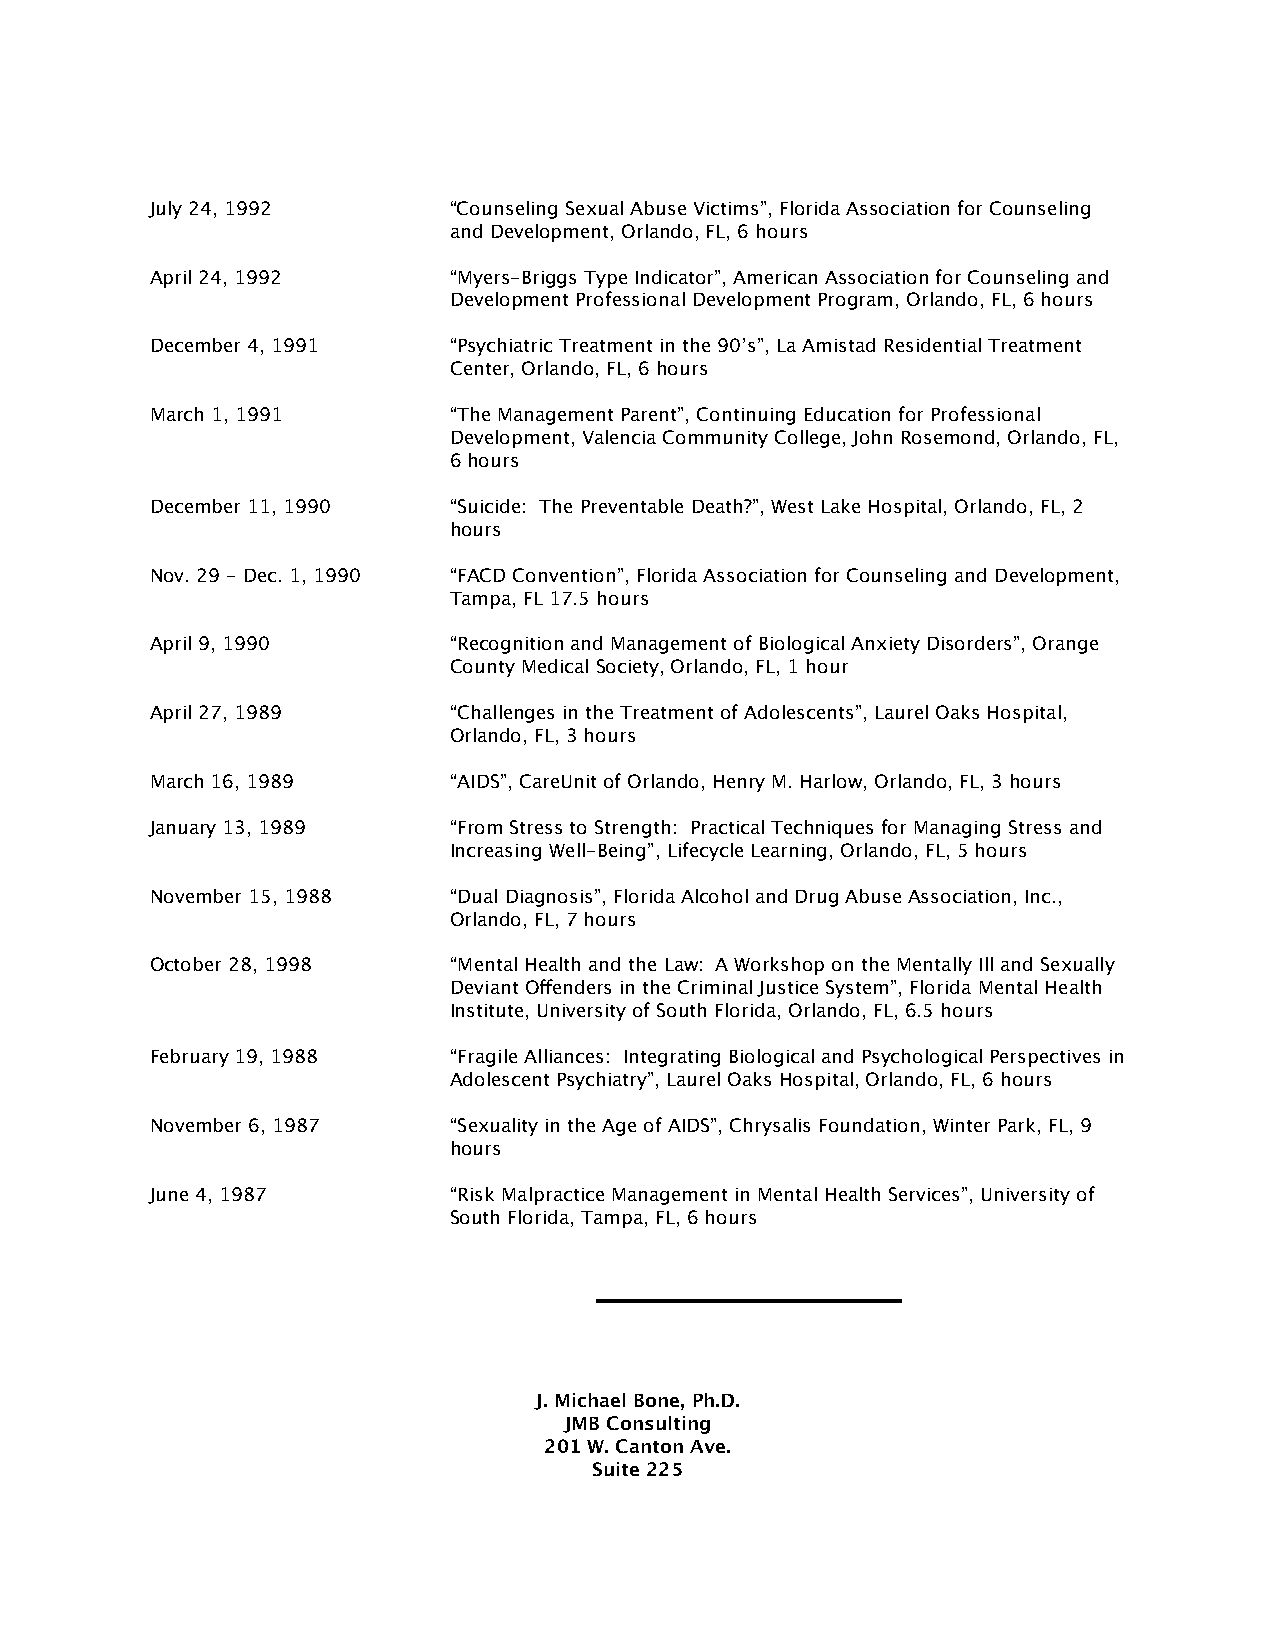
July 24, 1992       “Counseling Sexual Abuse Victims”, Florida Association for Counseling
 and Development, Orlando, FL, 6 hours
 April 24, 1992      “Myers-Briggs Type Indicator”, American Association for Counseling and
 Development Professional Development Program, Orlando, FL, 6 hours
 December 4, 1991    “Psychiatric Treatment in the 90’s”, La Amistad Residential Treatment
 Center, Orlando, FL, 6 hours
 March 1, 1991       “The Management Parent”, Continuing Education for Professional
 Development, Valencia Community College, John Rosemond, Orlando, FL,
 6 hours
 December 11, 1990   “Suicide: The Preventable Death?”, West Lake Hospital, Orlando, FL, 2
 hours
 Nov. 29 - Dec. 1, 1990 “FACD Convention”, Florida Association for Counseling and Development,
 Tampa, FL 17.5 hours
 April 9, 1990       “Recognition and Management of Biological Anxiety Disorders”, Orange
 County Medical Society, Orlando, FL, 1 hour
 April 27, 1989      “Challenges in the Treatment of Adolescents”, Laurel Oaks Hospital,
 Orlando, FL, 3 hours
 March 16, 1989      “AIDS”, CareUnit of Orlando, Henry M. Harlow, Orlando, FL, 3 hours
 January 13, 1989    “From Stress to Strength: Practical Techniques for Managing Stress and
 Increasing Well-Being”, Lifecycle Learning, Orlando, FL, 5 hours
 November 15, 1988   “Dual Diagnosis”, Florida Alcohol and Drug Abuse Association, Inc.,
 Orlando, FL, 7 hours
 October 28, 1998    “Mental Health and the Law: A Workshop on the Mentally Ill and Sexually
 Deviant Offenders in the Criminal Justice System”, Florida Mental Health
 Institute, University of South Florida, Orlando, FL, 6.5 hours
 February 19, 1988   “Fragile Alliances: Integrating Biological and Psychological Perspectives in
 Adolescent Psychiatry”, Laurel Oaks Hospital, Orlando, FL, 6 hours
 November 6, 1987    “Sexuality in the Age of AIDS”, Chrysalis Foundation, Winter Park, FL, 9
 hours
 June 4, 1987        “Risk Malpractice Management in Mental Health Services”, University of
 South Florida, Tampa, FL, 6 hours
 J. Michael Bone, Ph.D.
 JMB Consulting
 201 W. Canton Ave.
 Suite 225